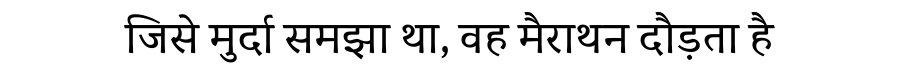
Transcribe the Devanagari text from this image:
जिसे मुर्दा समझा था, वह मैराथन दौड़ता है